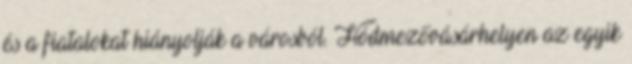
és a fiatalokat hiányolják a városból. Hódmezővásárhelyen az egyik